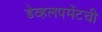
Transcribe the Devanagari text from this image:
डेव्हलपमेंटची